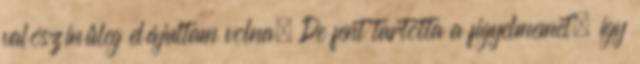
valószínűleg elájultam volna. De fent tartotta a figyelmemet, így